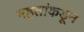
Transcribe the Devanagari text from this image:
महंतांकडून